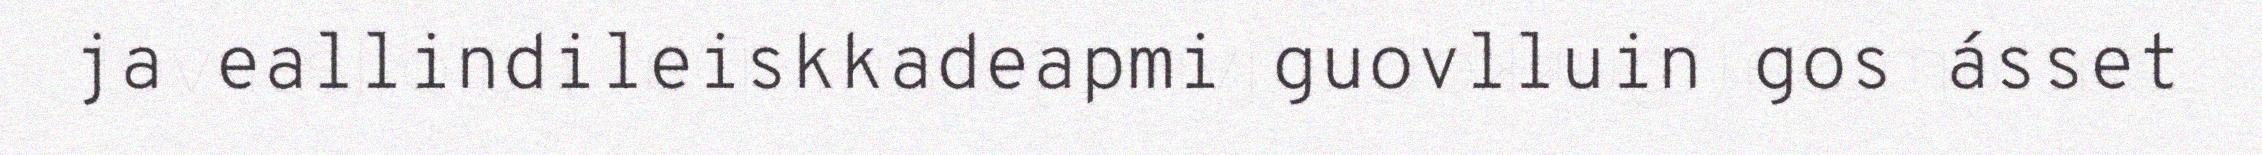
ja eallindileiskkadeapmi guovlluin gos ásset